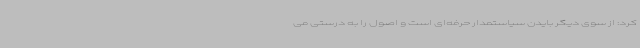
کرد: از سوی دیگر بایدن سیاستمدار حرفه‌ای است و اصول را به درستی می